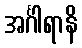
အင်္ဂါရာနိ